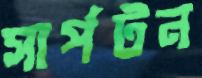
সার্পটন